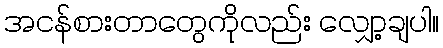
အငန်စားတာတွေကိုလည်း လျှော့ချပါ။